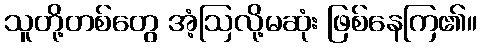
သူတို့တစ်တွေ အံ့ဩလို့မဆုံး ဖြစ်နေကြ၏။